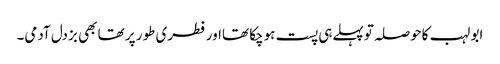
ابو لہب کاحوصلہ توپہلےہی پست ہوچکا تھااورفطری طور پر تھا بھی بزدل آدمی۔